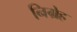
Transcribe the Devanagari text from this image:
निग्रेह